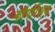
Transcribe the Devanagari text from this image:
काॅपोर्रेशन